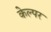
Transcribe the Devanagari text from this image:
केल्पर